Materia medica of Madras volume I
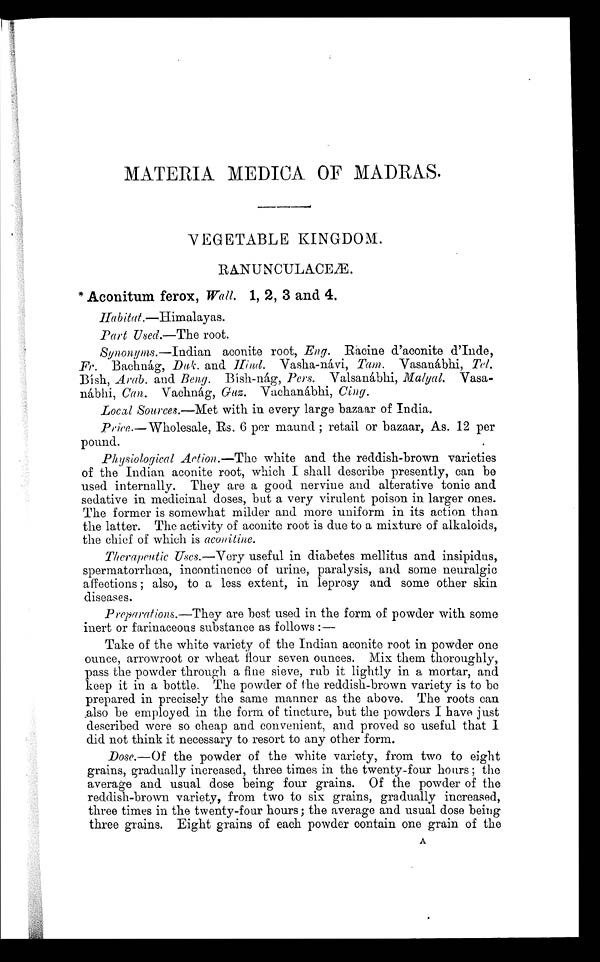
MATERIA MEDICA OF MADRAS.
VEGETABLE KINGDOM.
RANUNCULACEÆ.
Aconitum ferox, Wall. 1, 2, 3 and 4.
Ha bitat.—Himalayas.
Part Used.—The root.
Synonyms.—Indian aconite root, Eng. Racine d'aconite d'Inde,
Fr. Bachnág, Duk. and Hind. Vasha-návi, Tam. Vasanábhi Tel.
Bísh, Arab. and Beng.B í s h - n á g ,
P e r s .
V a l s a n á b h i , M a l y a l . V a s a -
nábhi, Can. Vachnág, Gus. Vachanábhi, Cing.
Local Sources.—Met with in every large bazaar of India.
Price.— Wholesale, Rs. 6 per maund ; retail or bazaar, As. 12 per
pound.
Physiological Action.—The white and the reddish-brown varieties
of the Indian aconite root, which I shall describe presently, can be
used internally. They are a good nervine and alterative tonic and
sedative in medicinal doses, but a very virulent poison in larger ones.
The former is somewhat milder and more uniform in its action than
the latter. The activity of aconite root is due to a mixture of alkaloids,
the chief of which is aconitine.
1. Therapeutic Uses.—Very useful in diabetes mellitus and insipidus,
spermatorrhœa, incontinence of urine, paralysis, and some neuralgic
affections ; also, to a less extent, in leprosy and some other skin
diseases.
Preparations.—They are best used in the form of powder with some
inert or farinaceous substance as follows :
—
Take of the white variety of the Indian aconite root in powder one
ounce, arrowroot or wheat flour seven ounces. Mix them thoroughly,
pass the powder through a fine sieve, rub it lightly in a mortar, and
keep it in a bottle. The powder of the reddish-brown variety is to be
prepared in precisely the same manner as the above. The roots can
also be employed in the form of tincture, but the powders I have just
described were so cheap and convenient, and proved so useful that 1
did not think it necessary to resort to any other form.
Dose.—Of the powder of the white variety, from two to eight
grains, gradually increased, three times in the twenty-four hours ; the
average and usual dose being four grains. Of the powder of the
reddish-brown variety, from two to six grains, gradually increased,
three times in the twenty-four hours; the average and usual dose being
three grains. Eight grains of each powder contain one grain of the
A